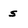
Character: s